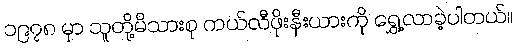
၁၉၇၈ မှာ သူတို့မိသားစု ကယ်လီဖိုးနီးယားကို ရွှေ့လာခဲ့ပါတယ်။